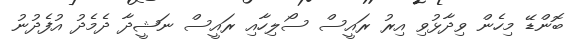
ބޮންޑޭ މިހެން ވިދާޅުވި އިރު ރައީސް ސޯލިހާއި ރައީސް ނަޝީދާ ދެމެދު އުފެދުނު